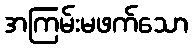
အကြမ်းမဖက်သော